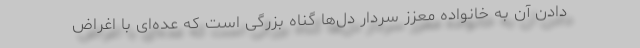
دادن آن به خانواده معزز سردار دل­ها گناه بزرگی است که عده‌­ای با اغراض